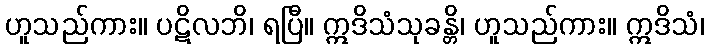
ဟူသည်ကား။ ပဋိလဘိ၊ ရပြီ။ ဣဒိသံသုခန္တိ၊ ဟူသည်ကား။ ဣဒိသံ၊